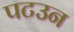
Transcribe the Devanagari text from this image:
पटउन